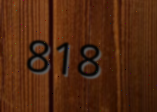
818